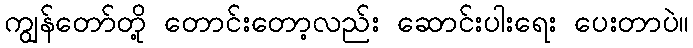
ကျွန်တော်တို့ တောင်းတော့လည်း ဆောင်းပါးရေး ပေးတာပဲ။